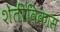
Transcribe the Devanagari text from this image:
शेतीविकास